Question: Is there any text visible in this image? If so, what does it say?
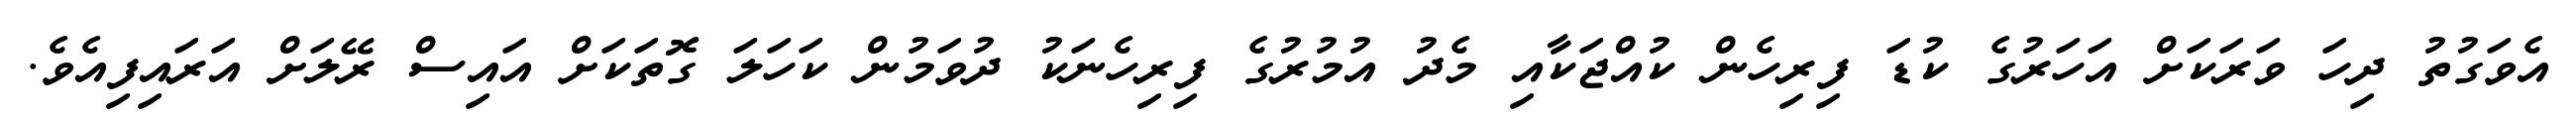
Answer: އެވަގުތު ދިހަ ވަރަކަށް އަހަރުގެ ކުޑަ ފިރިހެން ކުއްޖަކާއި މެދު އުމުރުގެ ފިރިހެނަކު ދުވަމުން ކަހަލަ ގޮތަކަށް އައިސް ރޭލަށް އަރައިފިއެވެ.